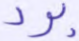
برد